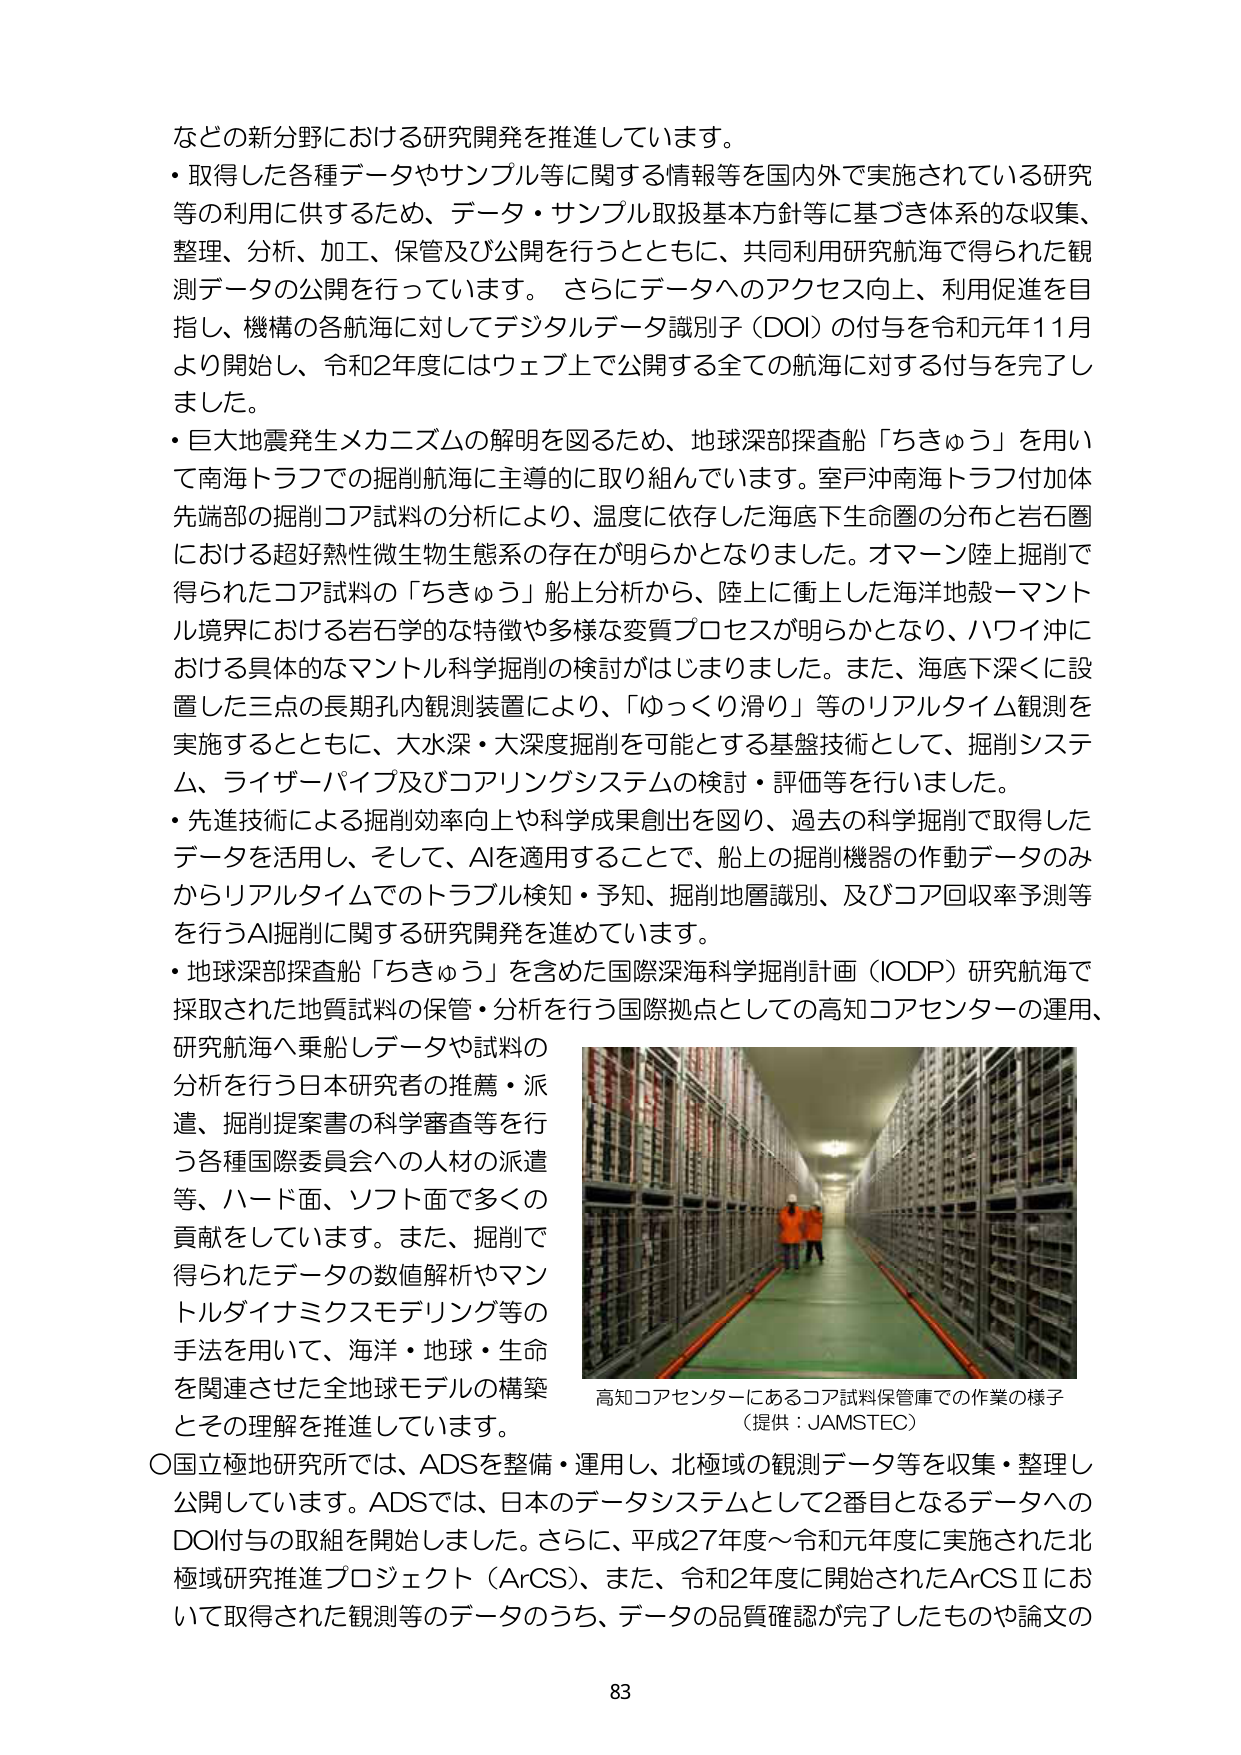
などの新分野における研究開発を推進しています。
・取得した各種データやサンプル等に関する情報等を国内外で実施されている研究
等の利用に供するため、データ・サンプル取扱基本方針等に基づき体系的な収集、
整理、分析、加工、保管及び公開を行うとともに、共同利用研究航海で得られた観
測データの公開を行っています。 さらにデータへのアクセス向上、利用促進を目
指し、機構の各航海に対してデジタルデータ識別子（DOI）の付与を令和元年11月
より開始し、令和2年度にはウェブ上で公開する全ての航海に対する付与を完了し
ました。
・巨大地震発生メカニズムの解明を図るため、地球深部探査船「ちきゅう」を用い
て南海トラフでの掘削航海に主導的に取り組んでいます。室戸沖南海トラフ付加体
先端部の掘削コア試料の分析により、温度に依存した海底下生命圏の分布と岩石圏
における超好熱性微生物生態系の存在が明らかとなりました。オマーン陸上掘削で
得られたコア試料の「ちきゅう」船上分析から、陸上に衝上した海洋地殻－マント
ル境界における岩石学的な特徴や多様な変質プロセスが明らかとなり、ハワイ沖に
おける具体的なマントル科学掘削の検討がはじまりました。また、海底下深くに設
置した三点の長期孔内観測装置により、「ゆっくり滑り」等のリアルタイム観測を
実施するとともに、大水深・大深度掘削を可能とする基盤技術として、掘削システ
ム、ライザーパイプ及びコアリングシステムの検討・評価等を行いました。
・先進技術による掘削効率向上や科学成果創出を図り、過去の科学掘削で取得した
データを活用し、そして、AIを適用することで、船上の掘削機器の作動データのみ
からリアルタイムでのトラブル検知・予知、掘削地層識別、及びコア回収率予測等
を行うAI掘削に関する研究開発を進めています。
・地球深部探査船「ちきゅう」を含めた国際深海科学掘削計画（IODP）研究航海で
採取された地質試料の保管・分析を行う国際拠点としての高知コアセンターの運用、
研究航海へ乗船しデータや試料の
分析を行う日本研究者の推薦・派
遣、掘削提案書の科学審査等を行
う各種国際委員会への人材の派遣
等、ハード面、ソフト面で多くの
貢献をしています。また、掘削で
得られたデータの数値解析やマン
トルダイナミクスモデリング等の
手法を用いて、海洋・地球・生命
を関連させた全球地モデルの構築
とその理解を推進しています。
高知コアセンターにあるコア試料保管庫での作業の様子
（提供：JAMSTEC）
〇国立極地研究所では、ADSを整備・運用し、北極域の観測データ等を収集・整理し
公開しています。ADSでは、日本のデータシステムとして2番目となるデータへの
DOI付与の取組を開始しました。さらに、平成27年度～令和元年度に実施された北
極域研究推進プロジェクト（ArCS）、また、令和2年度に開始されたArCSⅡにお
いて取得された観測等のデータのうち、データの品質確認が完了したものや論文の
83